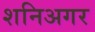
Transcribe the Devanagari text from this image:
शनिअगर